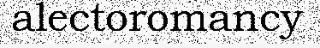
alectoromancy